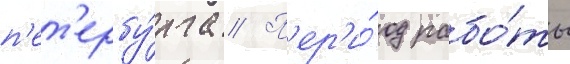
п'ет'ербу́рга // П'ер'и́од рабо́ты